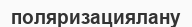
поляризациялану